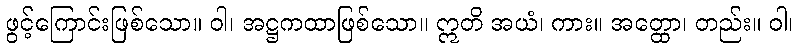
ဖွင့်ကြောင်းဖြစ်သော။ ဝါ၊ အဋ္ဌကထာဖြစ်သော။ ဣတိ အယံ၊ ကား။ အတ္ထော၊ တည်း။ ဝါ၊